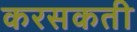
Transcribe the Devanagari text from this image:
करसकती